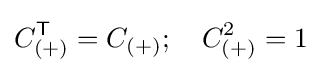
C_{(+)}^{\textsf {T}}=C_{(+)};~~~C_{(+)}^{2}=1